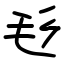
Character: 毝